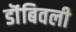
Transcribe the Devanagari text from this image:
डॊंबिवली